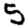
Digit: 5